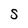
Character: S